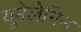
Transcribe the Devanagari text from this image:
यूमेलेनिन